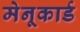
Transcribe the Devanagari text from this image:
मेनूकार्ड